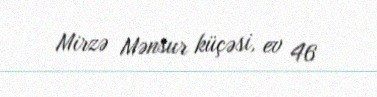
Mirzə Mənsur küçəsi, ev 46